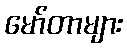
မော်တာများ